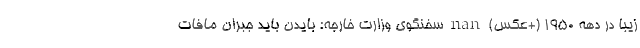
زیبا در دهه 1950 (+عکس) nan سخنگوی وزارت خارجه: بایدن باید جبران مافات